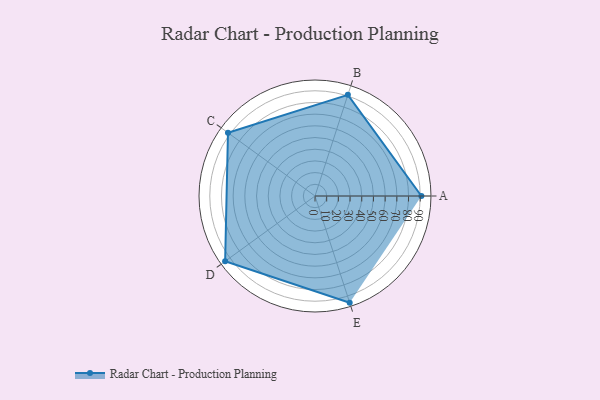
{"axis": {"x": "Skill", "y": "Score"}, "legend": ["Profile"], "data": [{"x": "A", "y": 91.0, "type": "Profile"}, {"x": "B", "y": 91.0, "type": "Profile"}, {"x": "C", "y": 92.0, "type": "Profile"}, {"x": "D", "y": 95.0, "type": "Profile"}, {"x": "E", "y": 96.0, "type": "Profile"}]}